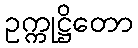
ဥက္ကုဋ္ဌိတော